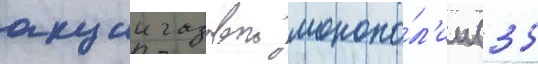
акции газовои монопо́л'ии (35